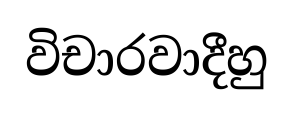
විචාරවාදීහු